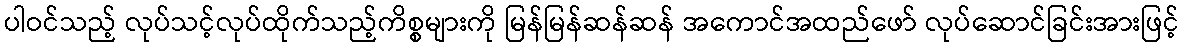
ပါဝင်သည့် လုပ်သင့်လုပ်ထိုက်သည့်ကိစ္စများကို မြန်မြန်ဆန်ဆန် အကောင်အထည်ဖော် လုပ်ဆောင်ခြင်းအားဖြင့်